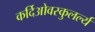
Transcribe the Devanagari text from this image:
कर्दिओवस्कुलर्ल्य